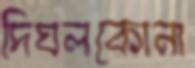
দিঘলকোনা